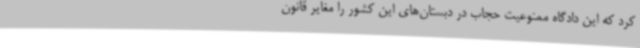
کرد که این دادگاه ممنوعیت حجاب در دبستان‌های این کشور را مغایر قانون